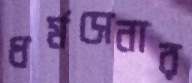
ধর্মসেনার